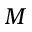
M